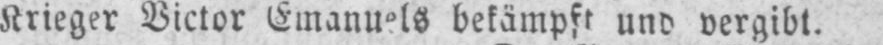
Krieger Victor Emanuels bekämpft und vergibt.